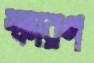
স্ফারণ